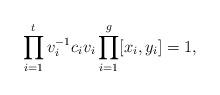
LaTeX: \begin{align*}\prod_{i=1}^{t}v_i^{-1}c_iv_i\prod_{i=1}^g[x_i,y_i]=1,\end{align*}